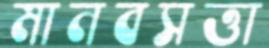
মানবসত্তা